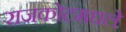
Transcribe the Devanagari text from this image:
राजकोटमधले